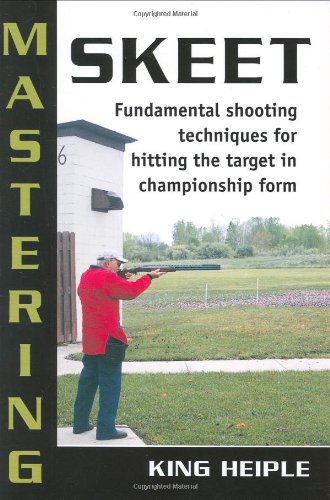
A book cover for Mastering Skeet: Fundamental Shooting Techniques for Hitting the Target in Championship Form; King Heiple; Sports & Outdoors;